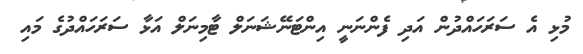
މުޅި އެ ސަރަހައްދުން އަދި ފެންނަނީ އިންޓަނޭޝަނަލް ޓާމިނަލް އަޅާ ސަރަހައްދުގެ މައި